system: You are a helpful assistant.
user:
Analyze the provided spectrum to determine if it is a **"Cataclysmic Variables (CV)"**.

- **Key Indicators for CV (Check for either state):**
    - **State 1: Quiescent / Low-State (Emission-Dominated)**
        - **(Primary):** Strong and *very broad* Hydrogen Balmer emission lines (e.g., $H\alpha$ at 6563 Å, $H\beta$ at 4861 Å). The 'broadness' (high velocity dispersion, often FWHM > 1000 km/s) is the key diagnostic, indicating a high-velocity accretion disk.
        - **(Secondary):** Broad neutral Helium (He I) emission lines (e.g., 5876 Å, 6678 Å).
        - **(Key Confirmation):** Presence of high-excitation *ionized* Helium (He II) emission at 4686 Å. This is a strong indicator of accretion onto a white dwarf.
        - **(Line Profile):** Emission lines may exhibit a 'double-peaked' profile, which is a classic signature of a rotating accretion disk viewed at high inclination.

    - **State 2: Outburst / High-State (Absorption-Dominated)**
        - **(Primary):** Spectrum is dominated by a bright, blue continuum (looks like a hot star).
        - **(Secondary):** The emission lines from State 1 are weak, absent, or 'filled in', and are replaced by broad, shallow *absorption* lines (primarily Balmer and He I).
        - **(Morphology):** The overall spectrum mimics a hot B/A-type star. The crucial difference is that the absorption lines are significantly broader, shallower, and more 'washed-out' (or 'smeared') than the sharp lines of a normal stellar photosphere, due to high rotational speeds and pressure broadening in the disk.

Think first, call **spectral_visualization_tool** if needed to examine features in detail, then provide your final answer. Your response must adhere to the following strict rules:
1.  **Overall Structure:** Your response must follow the format `<think>...</think> <tool_call>...</tool_call> (if a tool is used) <answer>...</answer>`.
2.  **Tool Usage Constraint:** You may only make **one** tool call per turn.
3.  **Final Answer Format:** In the `<answer>` tag, your conclusion must be inside a `\boxed{}` command (e.g., `\boxed{YES}`), followed by your justification.

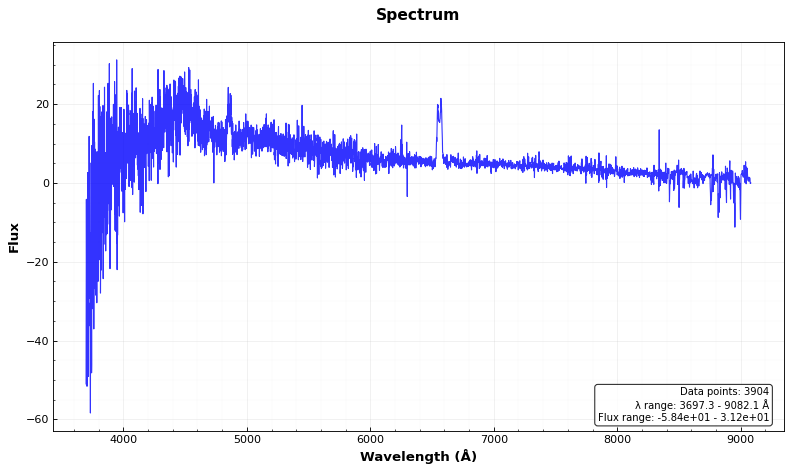
Answer: YES